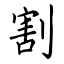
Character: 割